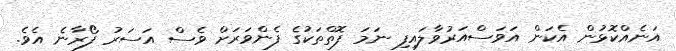
އަނެއްކޮޅުން އެކަން އަވަސްއަރުވާލައިފި ނަމަ ފޮތްތަކުގެ ފެންވަރަށް ވެސް އަސަރު ފޯރާނެ އެވެ.